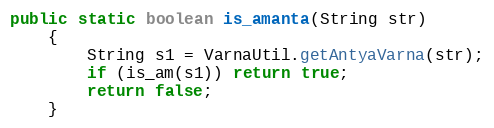
Language: Java
public static boolean is_amanta(String str)
    {
        String s1 = VarnaUtil.getAntyaVarna(str);
        if (is_am(s1)) return true;
        return false;
    }